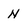
Character: N